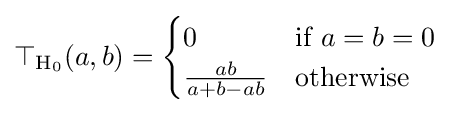
\top _{\mathrm {H} _{0}}(a,b)={\begin{cases}0&{\mbox{if }}a=b=0\\{\frac {ab}{a+b-ab}}&{\mbox{otherwise}}\end{cases}}